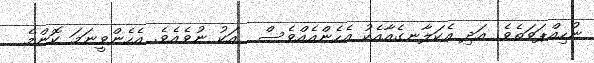
ނުހިއްޕަވަތެވެ. އަދި އެކަލާނގެއާއެކު އެހެންއެއްވެސް  އަކު ނުވެއެވެ. އެހެންވީނަމަ ކޮންމެ